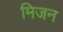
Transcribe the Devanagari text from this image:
मिजन